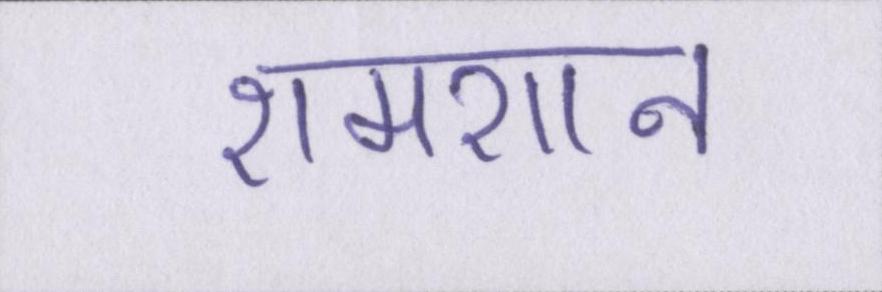
शमशान